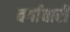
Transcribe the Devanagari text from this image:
वर्गावारी